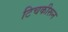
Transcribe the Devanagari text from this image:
टिचकीरून